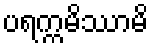
ပရက္ကမိဿာမိ